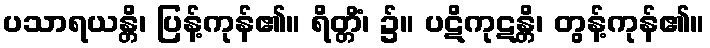
ပသာရယန္တိ၊ ပြန့်ကုန်၏။ ရိတ္တိံ၊ ၌။ ပဋိကုဋန္တိ၊ တွန့်ကုန်၏။